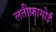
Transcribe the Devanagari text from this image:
लतीफ़ागोई